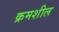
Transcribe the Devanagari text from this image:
क्रमशील